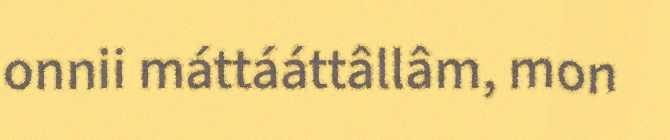
onnii máttááttâllâm, mon